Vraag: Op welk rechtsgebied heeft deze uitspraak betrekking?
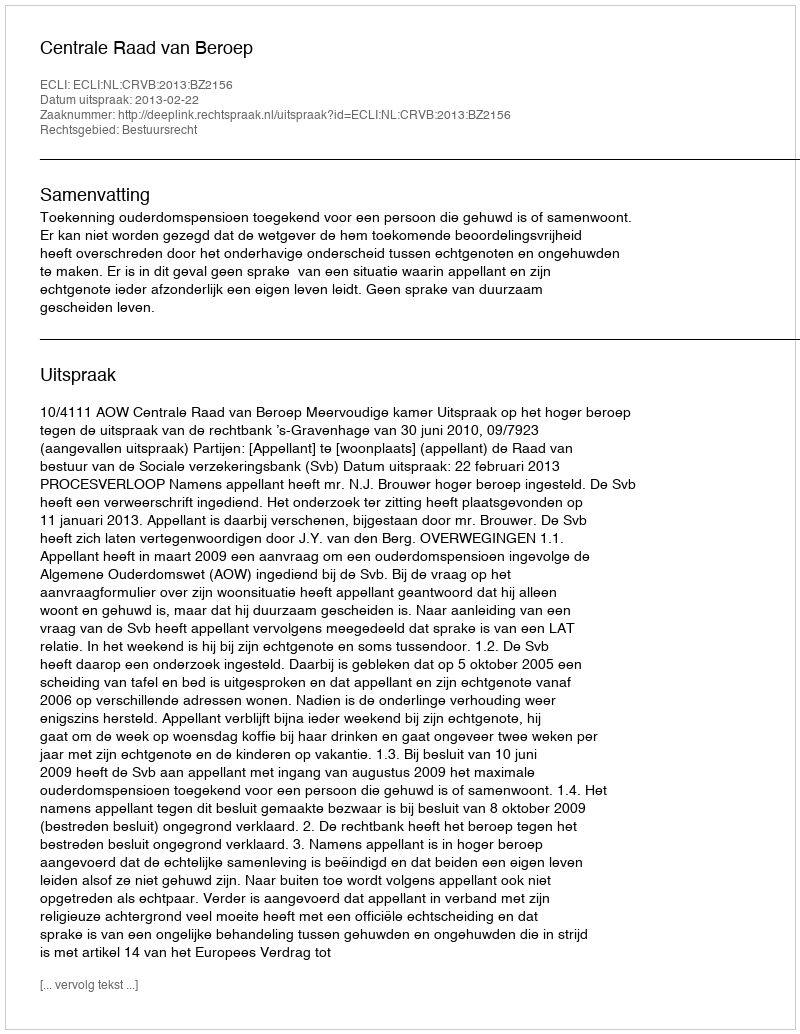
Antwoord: Bestuursrecht